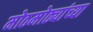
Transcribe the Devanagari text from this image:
मोठमोठ्यांच्या